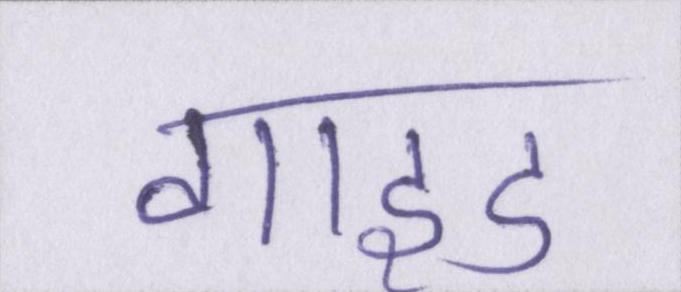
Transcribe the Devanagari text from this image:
गाइड